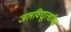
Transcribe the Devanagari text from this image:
जलविद्युत्शक्ति